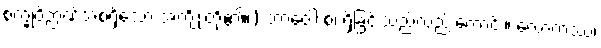
စက္ခုဝိဉာဏ်အစရှိသော အကျိုးတို့၏။) ဘာဝေါ စ၊ ရှိခြင်းသည်လည်းကောင်း။ လောကဿ၊